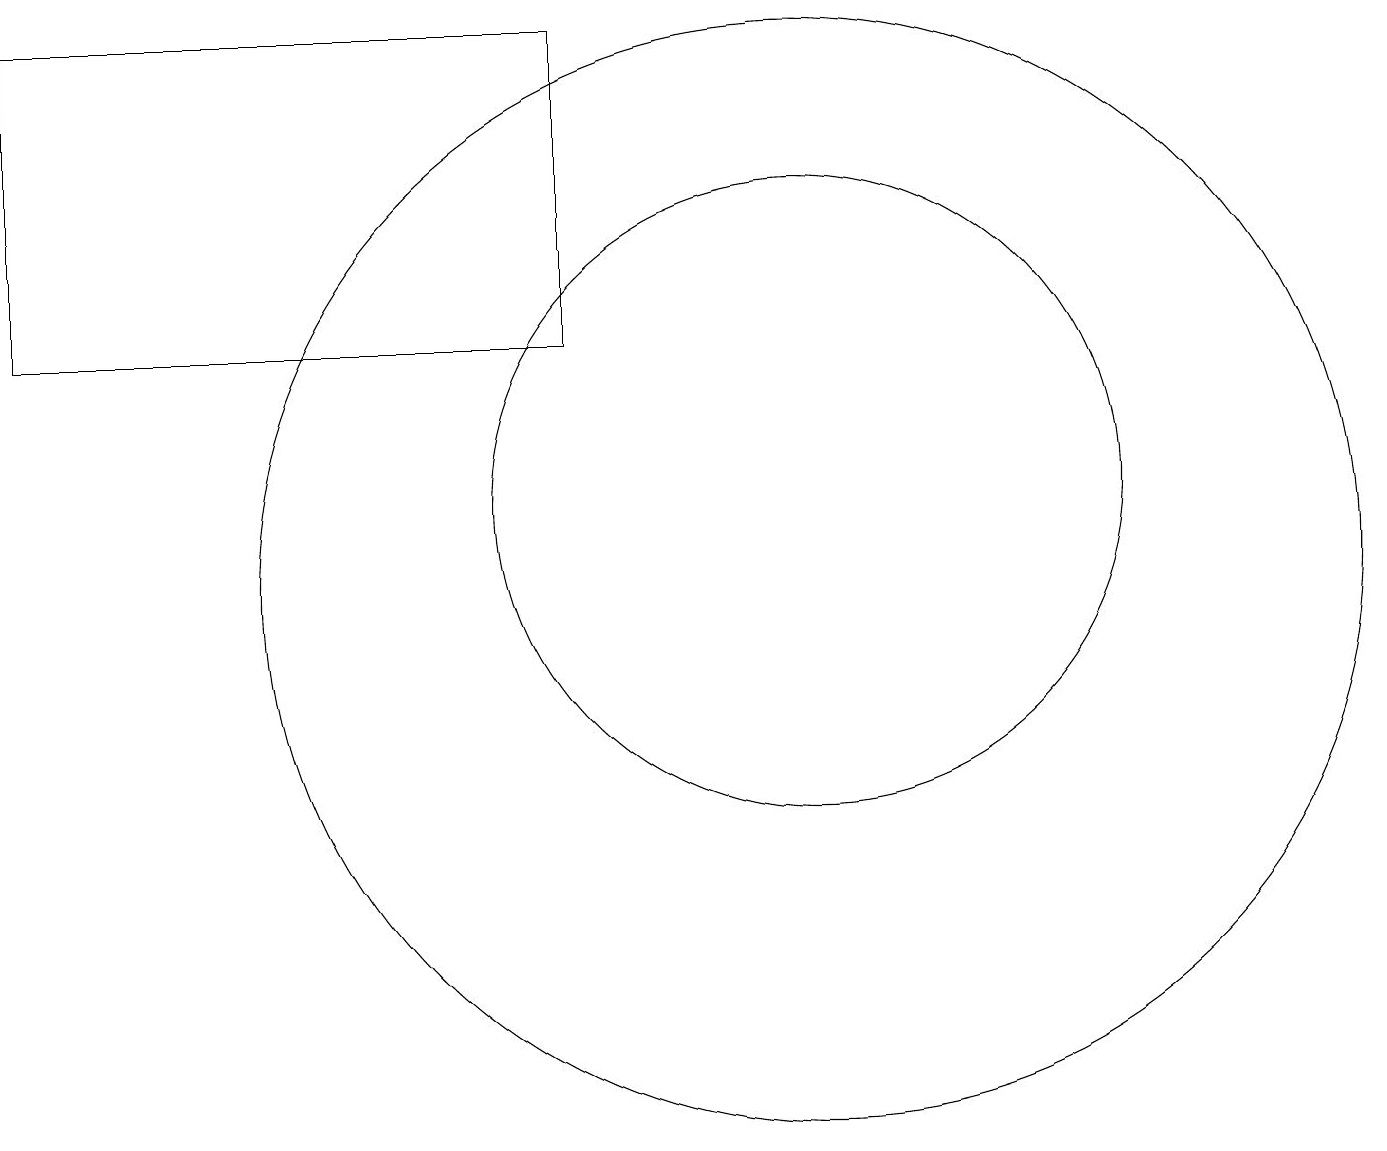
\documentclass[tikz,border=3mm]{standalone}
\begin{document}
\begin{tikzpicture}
\draw (11,11) circle (4);
\draw (11,10) circle (7);
\draw (1,17) rectangle (8,13);
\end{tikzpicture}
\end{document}